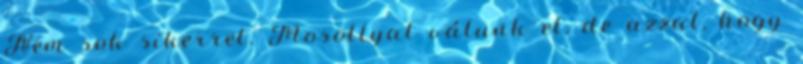
Nem sok sikerrel. Mosollyal válunk el, de azzal, hogy